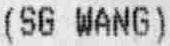
(SG WANG)